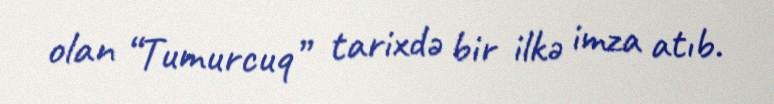
olan “Tumurcuq” tarixdə bir ilkə imza atıb.